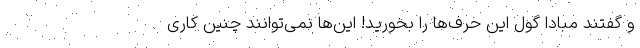
و گفتند مبادا گول این حرف‌ها را بخورید! این‌ها نمی‌توانند چنین کاری